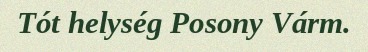
Tót helység Posony Várm.